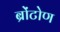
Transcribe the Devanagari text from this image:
ब्रोंटोण